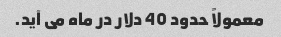
معمولاً حدود 40 دلار در ماه می آید.